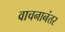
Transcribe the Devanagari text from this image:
वाचनानंतर